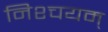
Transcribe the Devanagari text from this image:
निश्चयम्